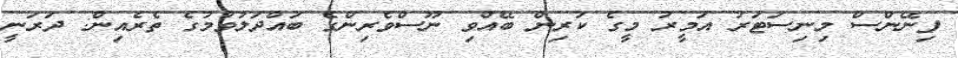
ފިނޭންސް މިނިސަޓަރު އަމީރު މީގެ ކުރިން ބޭއްވި ނޫސްވެރިންގެ ބައްދަލުވުމުގެ ތެރެއިން: ދަރަނީ